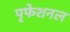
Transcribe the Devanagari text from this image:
पृफेशनल